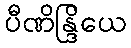
ပီဏိန္ဒြိယေ